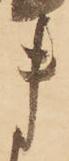
ま